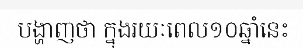
បង្ហាញថា ក្នុងរយៈពេល១០ឆ្នាំនេះ